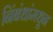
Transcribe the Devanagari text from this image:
निंबंधांमधून